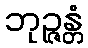
ဘုဉ္ဇန္တံ